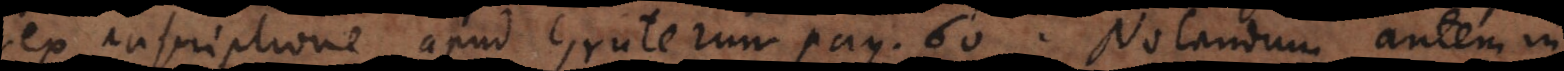
ex inscriptione apud Gruterum pag. 60. Notandum autem in